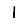
Digit: 1